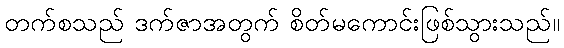
တက်စသည် ဒက်ဇာအတွက် စိတ်မကောင်းဖြစ်သွားသည်။